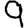
Digit: 9